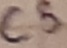
Text: C5